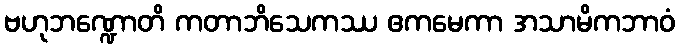
ဗဟုဘဏ္ဍောတိ ကတာဘိသေကဿ ဧကမေကာ အသာမိကဘာဝံ